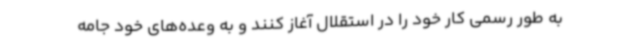
به طور رسمی کار خود را در استقلال آغاز کنند و به وعده‌های خود جامه